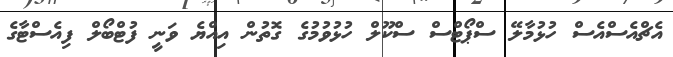
އެޗްއެސްއެސް ހުޅުމާލޭ ސްޕޯޓްސް ސްކޫލް ހުޅުވުމުގެ ގޮތުން އިއްޔެ ވަނީ ފުޓްބޯލް ފިއެސްޓާގެ